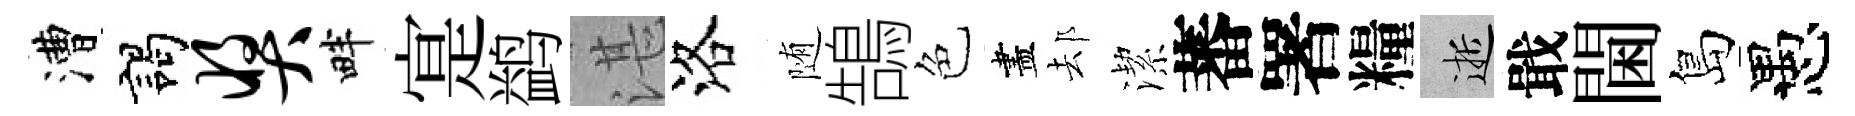
漕謁奖畔寔鹢湛洛随鵠色盡𨚫潔蕃署糧逝戢閫島愚